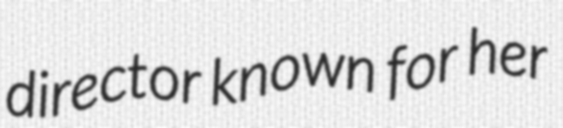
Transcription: director known for her